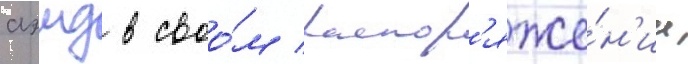
аэмд в своо́м распор'яже́н'ии